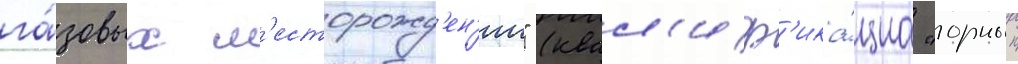
га́зовых м'есторожд'ен'ии" (квал'иф'ика́циа "горныи